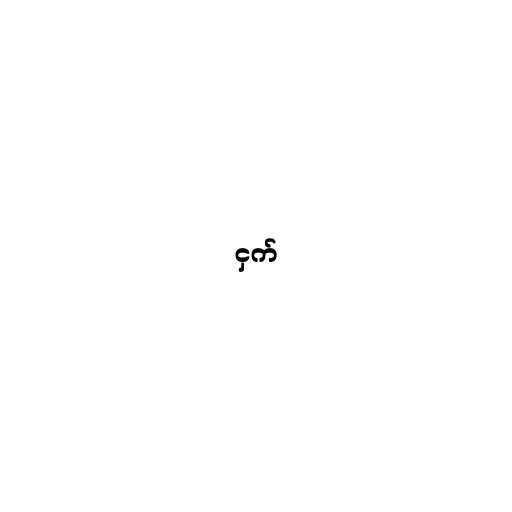
ငှက်